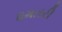
ધમતરી